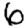
Digit: 6